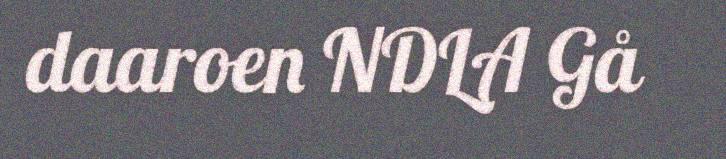
daaroen NDLA Gå